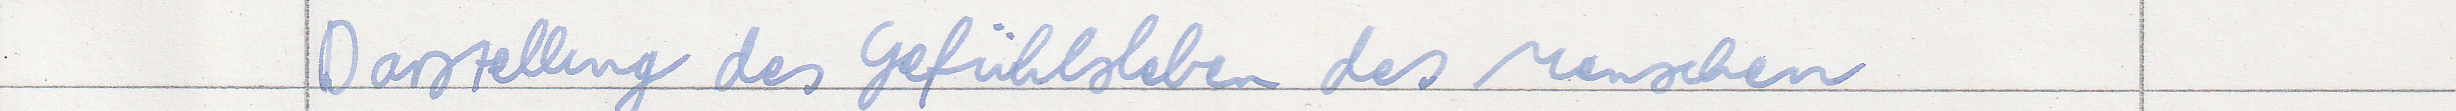
Darstellung des Gefühlsleben des Menschen